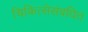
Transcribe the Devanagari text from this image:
चिकित्सेसंबधित